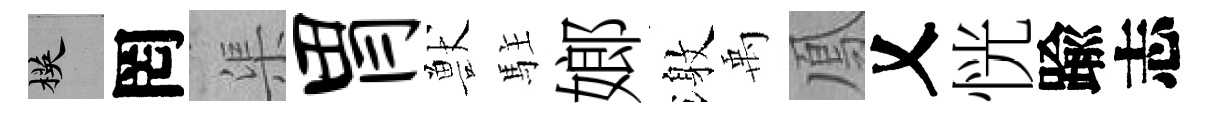
楧罔渠胃獸駐嫏激禹鳳乂恍踰志